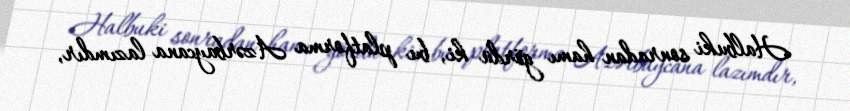
Halbuki sonradan hamı gördü ki, bu platforma Azərbaycana lazımdır,